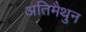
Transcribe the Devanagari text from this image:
अतिमैथुन